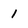
Character: 1